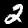
Digit: 2